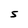
Character: S